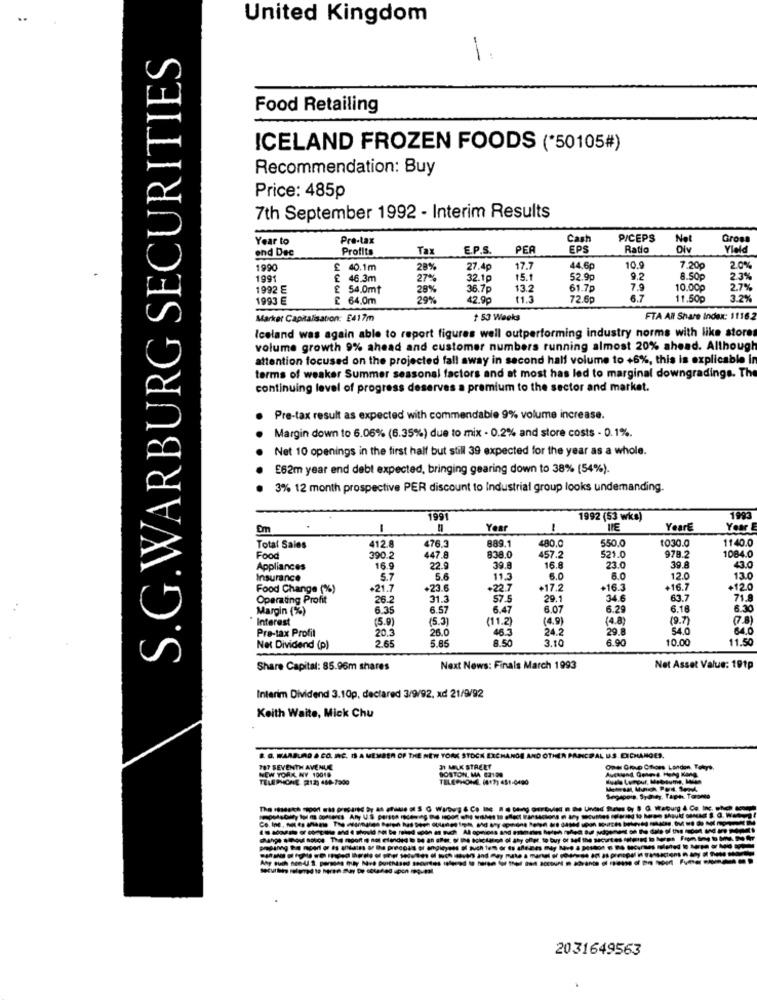
United Kingdom
S.G.WARBURG SECURITIES
-
Food Retailing
ICELAND FROZEN FOODS (*50105#)
Recommendation: Buy
Price: 485p
7th September 1992 - Interim Results
Year to
Pre-tax
Cas
P/CEPS
Not
Gross
ond Dec
Profits
Tax
E.P.S.
PER
EPS
Ratio
Div
Vield
1990
£ 40.1m
28%
27.4p
17.7
14.6
10
7.20p
2.0%
1991
£ 46.3m
27%
32.1p
15.1
52.9p
9.2
8.50p
2.3%
1992 €
£ 54.0mt
28%
36.7p
13.2
61.7p
7.9
10.00p
2.79
1993 E
£ 64.0m
42.90
11.3
72.6p
6.7
11.50p
3.29
Marker Capitalisation: E417m
1 53 Weeks
FTA All Share Index: 11162
Iceland was again able to report figures well outperforming industry norms with like stores
volume growth 9% ahead and customer numbers running almost 20% ahead. Although
attention focused on the projected fall away in second half volume to +6%, this is explicable in
terms of weaker Summer seasonal factors and at most has led to marginal downgradings. The
continuing level of progress deserves a premium to the sector and market.
· Pre-tax result as expected with commendable 9% volume increase.
Margin down to 6.06% (6.35%) due to mix - 0.2% and store costs - 0.1%.
Net 10 openings in the first half but still 39 expected for the year as a whole.
E62m year end debt expected, bringing gearing down to 38% (54%).
3% 12 month prospective PER discount to Industrial group looks undemanding.
1991
1992 (53 wks)
1993
-
Year
1
JE
Year
Year
550,0
t030.0
1140.0
Total Sales
412.8
476.
889.1
480.
978.
1084.0
Food
390.2
447.8
838.0
457.2
521.0
Appliances
16.9
22.9
39.8
16.8
23.0
39.8
43.0
Insurance
5.7
5.6
11.3
6.0
6.0
12.0
13.0
Food Change (%)
+21.7
+23.6
+22.7
+17.2
+16.3
+16.7
+12.0
Operating Profit
26.2
31.3
57.5
29.1
34.6
63.7
71.8
Margin (%)
6.35
6.57
6.47
6.07
6.29
6.18
8.10
Interest
(5.0)
(5.3)
(11.2)
(4.9)
(4.8)
(9.7)
(7.8)
Pre-tax Profit
20.3
26.0
46.3
24.2
29.8
54.0
640
265
5.85
8.50
3.10
6.90
10.00
11.50
Net Dividend (p)
Share Capital: 85.96m shares
Next News: Finals March 1993
Net Asset Value: 191p
Interim Dividend 3.10p, declared 3/9/92, xd 21/9/92
Keith Waite, Mick Chu
S. G. WARBURG & CO. INC. IS A MEMBER OF THE NEW YORK STOCK EXCHANGE AND OTHER PANICPAL US EXCHANGES.
787 SEVENTH AVENUE
NEW YORK WY 10018
BOSTON, MA 02129
37 MAX STREET
Ome Group Ctors Landon Tokyo,
TELEPHONE [212) 488-7900
TELEPHONE (817) 451-0400
Hurdle Lumpur, Mebaume, Mite
2031649563